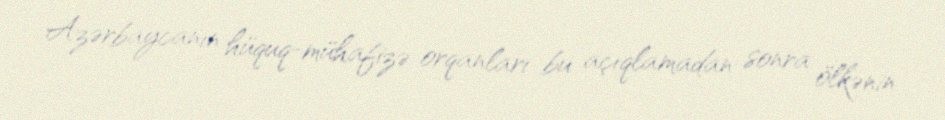
Azərbaycanın hüquq-mühafizə orqanları bu açıqlamadan sonra ölkənin